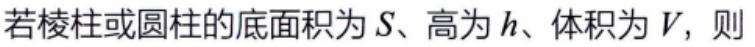
若棱柱或圆柱的底面积为\(S\)、高为\(h\)、体积为\(V\)，则